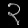
Digit: ၃